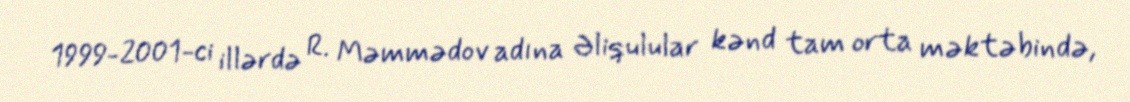
1999-2001-ci illərdə R. Məmmədov adına Əliqulular kənd tam orta məktəbində,